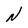
Character: N